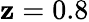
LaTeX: \mathbf{z}=0.8